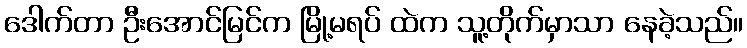
ဒေါက်တာ ဦးအောင်မြင်က မြို့မရပ် ထဲက သူ့တိုက်မှာသာ နေခဲ့သည်။